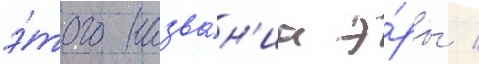
э́того назва́н'иа э́ры /